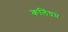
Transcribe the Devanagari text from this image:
कलिंघम